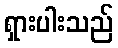
ရှားပါးသည်